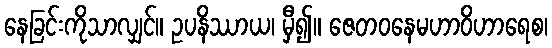
နေခြင်းကိုသာလျှင်။ ဥပနိဿာယ၊ မှီ၍။ ဇေတဝနေမဟာဝိဟာရေစ၊